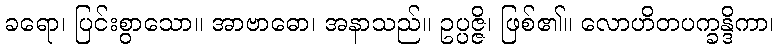
ခရော၊ ပြင်းစွာသော။ အာဗာဓော၊ အနာသည်။ ဥပ္ပဇ္ဇိ၊ ဖြစ်၏။ လောဟိတပက္ခန္ဒိကာ၊